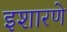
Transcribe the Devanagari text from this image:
इशारणे